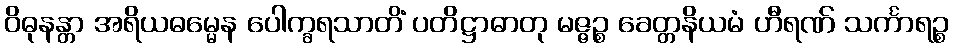
ဝိဓုနန္တာ အရိယဓမ္မေန ပေါက္ခရသာတိံ ပတိဋ္ဌာဓာတု မဇ္ဇဉ္စ ခေတ္တနိယမံ ဟီရဏ် သင်္ကာရဉ္စ